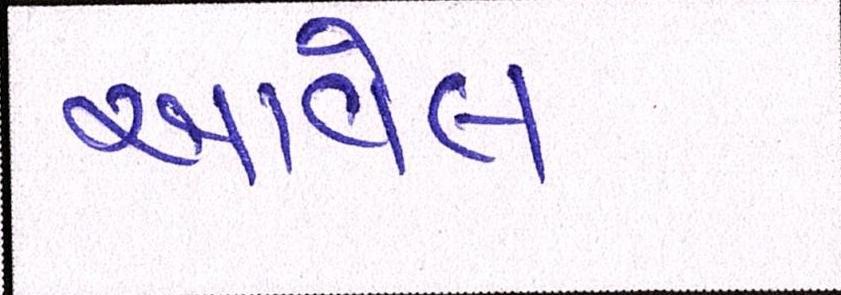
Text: આવેલ